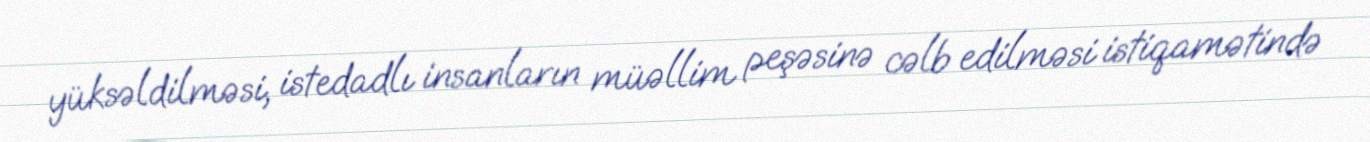
yüksəldilməsi, istedadlı insanların müəllim peşəsinə cəlb edilməsi istiqamətində